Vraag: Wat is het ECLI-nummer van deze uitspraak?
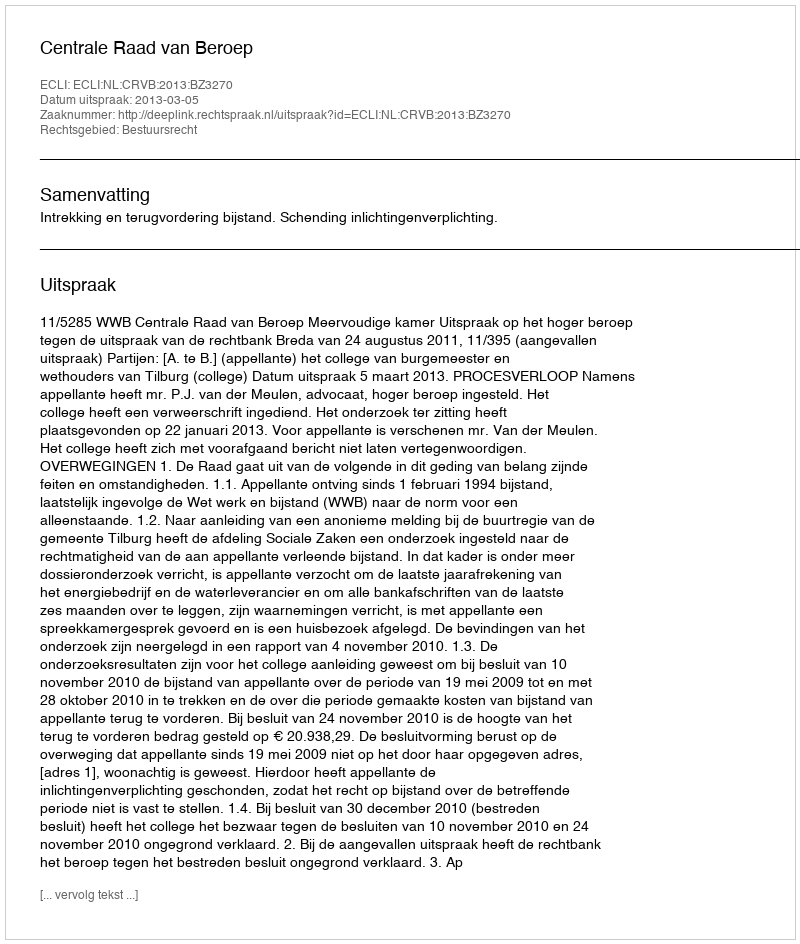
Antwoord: ECLI:NL:CRVB:2013:BZ3270